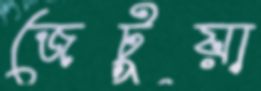
জেটুয়া